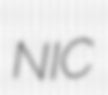
NIC